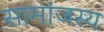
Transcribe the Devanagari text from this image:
सामांजस्य